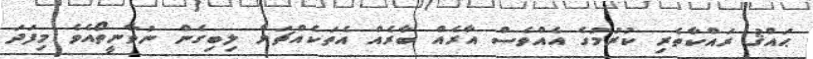
ޙައްޤު ރައްކާތެރި ކުރުމުގެ އެއްވެސް އާރެއް ބާރެއް އެތަކެއްޗަށް ލިބިގެން ނުވާނީތޯއެވެ މިފަދަ